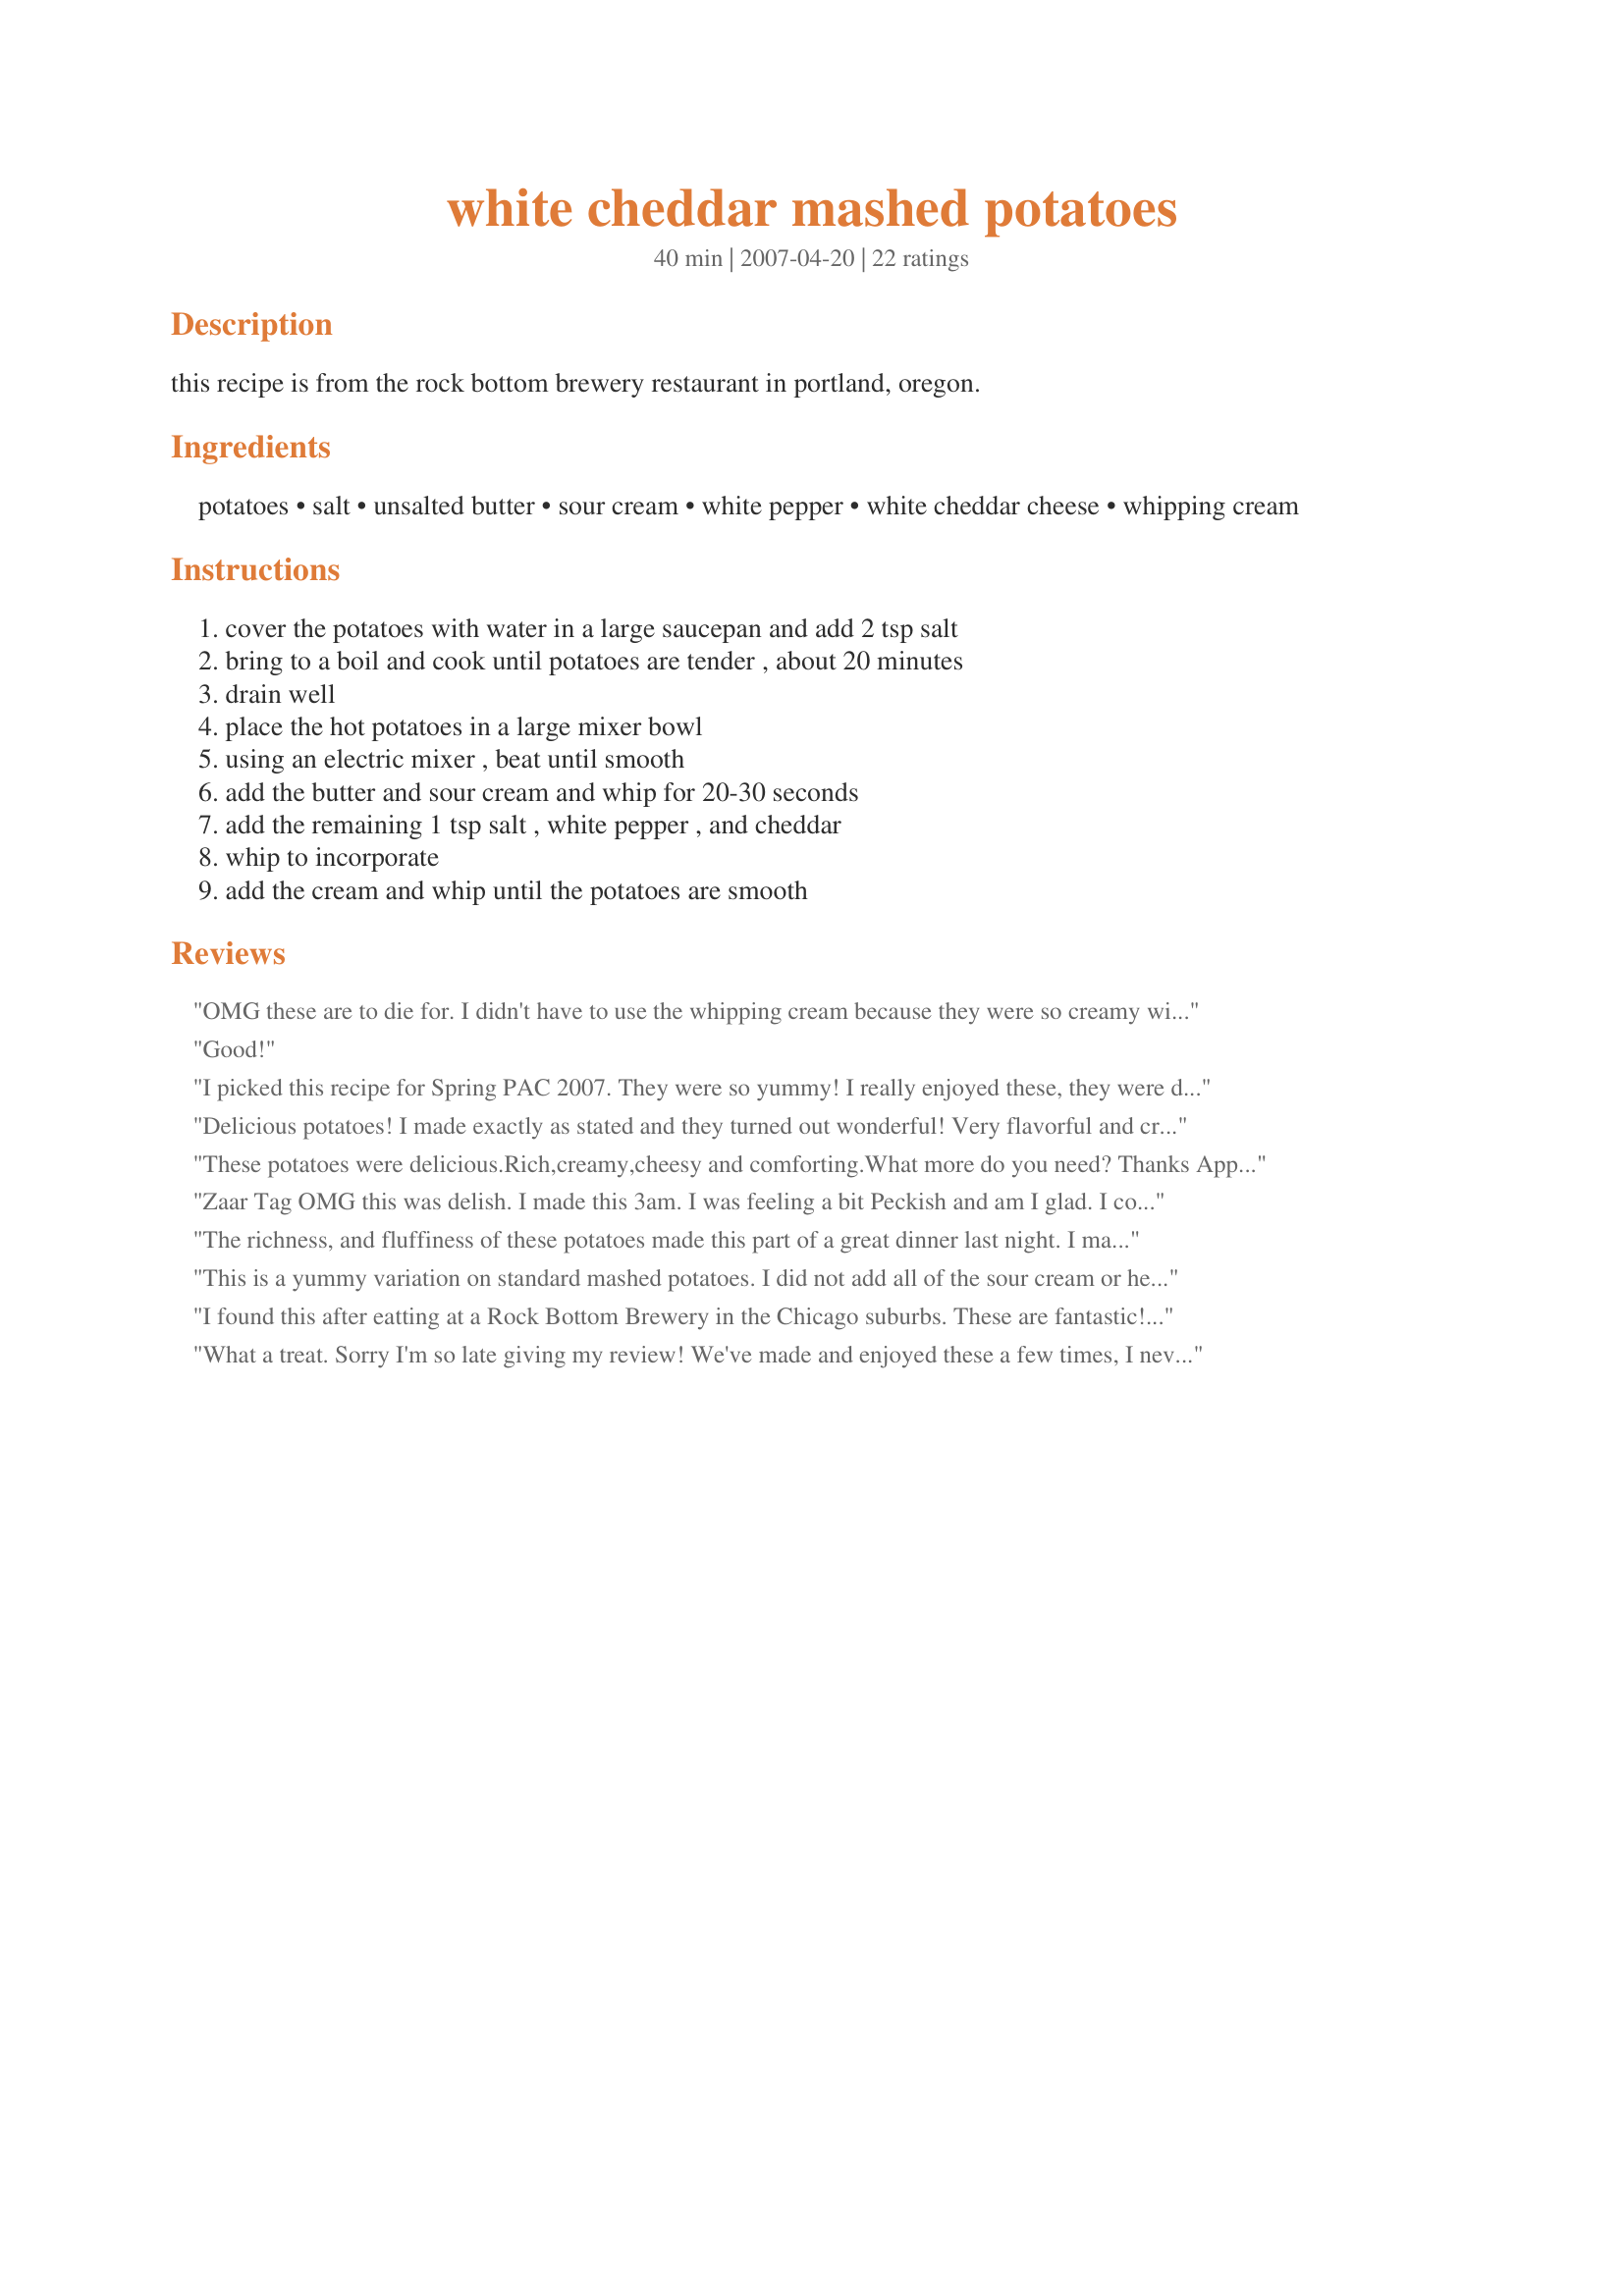
white cheddar mashed potatoes
Preparation time: 40 minutes

this recipe is from the rock bottom brewery restaurant in portland, oregon.

Ingredients:
potatoes, salt, unsalted butter, sour cream, white pepper, white cheddar cheese, whipping cream

Steps:
cover the potatoes with water in a large saucepan and add 2 tsp salt, bring to a boil and cook until potatoes are tender , about 20 minutes, drain well, place the hot potatoes in a large mixer bowl, using an electric mixer , beat until smooth, add the butter and sour cream and whip for 20-30 seconds, add the remaining 1 tsp salt , white pepper , and cheddar, whip to incorporate, add the cream and whip until the potatoes are smooth

Reviews:
OMG these are to die for. I didn't have to use the whipping cream because they were so creamy without it. Full of flavor. Not something you would make on a routine basis, but oh so good. I did add a little onion salt for added flavor. The white cheddar was a sharp cheddar and was just wonderful. Thanks so much for sharing. Made for WTTM tag game.
Good!
I picked this recipe for Spring PAC 2007. They were so yummy! I really enjoyed these, they were different and my ds loved them. I did double them because of my family. I loved them..and will make them again! Thanks for sharing!
Delicious potatoes! I made exactly as stated and they turned out wonderful! Very flavorful and creamy. Thanks for sharing!
These potatoes were delicious.Rich,creamy,cheesy and comforting.What more do you need?
Thanks Appleydapply.
Zaar Tag
OMG this was delish. I made this 3am. I was feeling a bit Peckish and am I glad. I could live on mashed taters
1. Simple to make
2. Just a few ingredients on hand
3. Delish. 
Saved some for potato pancakes
4. Definetely a keeper
I've put sour cream in potatoes but not whipping cream-this was great
thanks for sharing
The richness, and fluffiness of these potatoes made this part of a great dinner last night. I made recipe as is, I only wish I only had some parsley or something to top these off. Made for Holiday Tag.
This is a yummy variation on standard mashed potatoes. I did not add all of the sour cream or heavy cream, and used a hand masher. They turned out smooth and rich...very good!
I found this after eatting at a Rock Bottom Brewery in the Chicago suburbs. These are fantastic! I made them twice in the last month and both times they got rave reviews. I didn't use quite 3 tsp. of salf (personal preference)
What a treat. Sorry I'm so late giving my review! We've made and enjoyed these a few times, I never really added sour cream mixed into mashed potatoes before but everyone really liked it, its like a loaded potato but all mixed together already. I use salted butter and no extra salt. DF asked for bacon crumbles with them next time.
These were very tasty. I had a bit of a gluey problem with my texture, but I'm sure it was because I cooked the potatoes and then let them sit for too long. Loved the white pepper in this. I'm sure they would be just as good with some lower fat dairy products. Thanks for posting!
Update: I made these potatoes again and used yukon gold potatoes, and added all of the ingredients a bit at a time instead of putting in the whole amount at once, whipping until it was a good texture and it worked great. Very good!
I used no-salt seasoning, fat-free sour cream, reduced-fat cheddar cheese. But used the real thing, heavy whipping cream. They have a nice consistency. And so yummy. Thanks Appleydapply.
Totally delicious, easy to make, wonderfully creamy and they reheated well, so we enjoyed these over several nights. I've never come across white cheddar so I used regular cheddar. Thanks for sharing. Made for Zaar Stars Tag.
Rich and creamy and oh so good! I really enjoyed this! Thanks!
Rich and delicious! I used sharp white cheddar and regular milk (only 1/4 cup). These potatoes had such a wonderful flavor and needed no toppings at all. Thanks for posting this great recipe!
I enjoyed these, they were on the decadent side. My main reservation was thatI used yukon gold potatoes and after beating them with the mixer they took on a bit of a gluey texture. Maybe a russet would have been better. I actually had a little trouble finding the white cheddar, but that is probably due to a limited selection at the market I went to. I think another cheese would have worked well too.
Very, very rich and creamy. I love mashed potatoes in pretty much any form, but these were outstanding. Personally, I think these would be best with beef, but I had them with chicken once, and salmon patties another day. Excellent recipe. I made this for Zaar Stars Tag! Thanks for posting.
Yummy! It's great that you have precise directions for making the potatoes for newbie to seasoned chefs. It's always great to check your cooking technique. The white pepper was a great addition to some already smooth potatoes. I did not change a thing, they are wonderful as is. I used the leftovers to make a quick Sheppard's Pie. Made and Reviewed for Going to Market Tag - Thanks! :)
Just wonderful! I didn't have quite enough white cheddar cheese, so added about 1/2 cup of sharp yellow cheddar. DH said these were a keeper. I agree!!! Rich, creamy, true comfort food! Thank you Appleydapply! Made for Every Day is a Holiday
YUMMY is how I can best describe these potatoes as I rub my belly. These are creamy and delcious/ I followed directions to the letter but reduces to 4 person recipe. Excellent. I wish I had some leftover to reheat but they dissappeared at the dinner table. I did use fresh grated cheese, bought a chunk at the deli and used my new cheese grater :-). Put a bowl of cheese on table as well in case anyone wanted additional cheese topping. These will be made regularly. Thank you.
Beverage Tag 3 steps or less Feb 2009
Oh so rich and creamy will save this for those special occassions, but for now the DS, DM and I thoroughly enjoyed them with bmcnichol recipe #266939 and steamed vegetables, made for a great dinner. Thank you appleydapply, made for Potluck Tag November/December.
They were good
